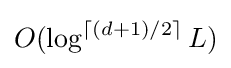
O(\log ^{\lceil (d+1)/2\rceil }L)